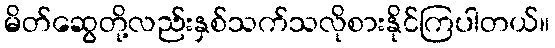
မိတ်ဆွေတို့လည်းနှစ်သက်သလိုစားနိုင်ကြပါတယ်။